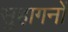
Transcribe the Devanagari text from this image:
सुहागनों